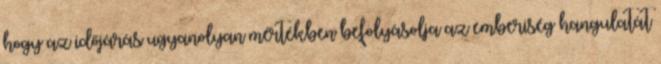
hogy az időjárás ugyanolyan mértékben befolyásolja az emberiség hangulatát